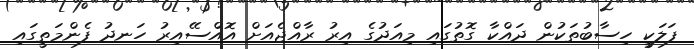
ފަލަކީ ހިސާބުތަކުން ދައްކާ ގޮތުގައި މިއަދުގެ އިރު ރާއްޖެއަށް އޮއްސޭއިރު ހަނދު ފެންމަތީގައި